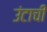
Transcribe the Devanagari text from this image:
उंटाची